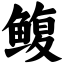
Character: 鳆